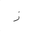
Letter: _zay